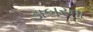
ડાબરના